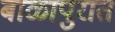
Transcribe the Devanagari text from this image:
बाळापुरात